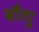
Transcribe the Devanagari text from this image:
बौशु